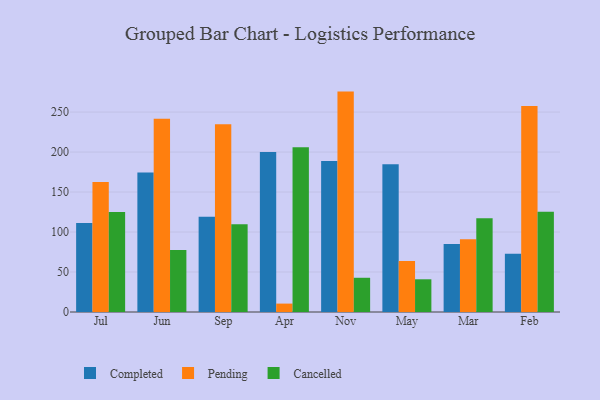
{"axis": {"x": "Month", "y": "Churn Rate (%)"}, "legend": ["Cancelled", "Completed", "Pending"], "data": [{"x": "Jul", "y": 111.3, "type": "Completed"}, {"x": "Jul", "y": 162.5, "type": "Pending"}, {"x": "Jul", "y": 124.9, "type": "Cancelled"}, {"x": "Jun", "y": 174.5, "type": "Completed"}, {"x": "Jun", "y": 241.7, "type": "Pending"}, {"x": "Jun", "y": 77.4, "type": "Cancelled"}, {"x": "Sep", "y": 119.1, "type": "Completed"}, {"x": "Sep", "y": 234.9, "type": "Pending"}, {"x": "Sep", "y": 109.8, "type": "Cancelled"}, {"x": "Apr", "y": 200.2, "type": "Completed"}, {"x": "Apr", "y": 10.5, "type": "Pending"}, {"x": "Apr", "y": 206.0, "type": "Cancelled"}, {"x": "Nov", "y": 188.8, "type": "Completed"}, {"x": "Nov", "y": 275.6, "type": "Pending"}, {"x": "Nov", "y": 42.8, "type": "Cancelled"}, {"x": "May", "y": 184.8, "type": "Completed"}, {"x": "May", "y": 63.8, "type": "Pending"}, {"x": "May", "y": 40.9, "type": "Cancelled"}, {"x": "Mar", "y": 84.9, "type": "Completed"}, {"x": "Mar", "y": 91.0, "type": "Pending"}, {"x": "Mar", "y": 117.1, "type": "Cancelled"}, {"x": "Feb", "y": 72.9, "type": "Completed"}, {"x": "Feb", "y": 257.5, "type": "Pending"}, {"x": "Feb", "y": 125.5, "type": "Cancelled"}]}